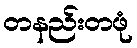
တနည်းတဖုံ